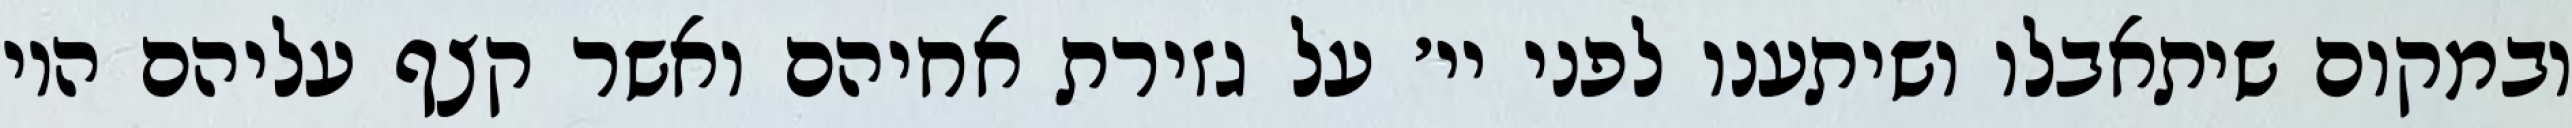
ובמקום שיתאבלו ושיתענו לפני יי׳ על גזירת אחיהם ואשר קצף עליהם היו